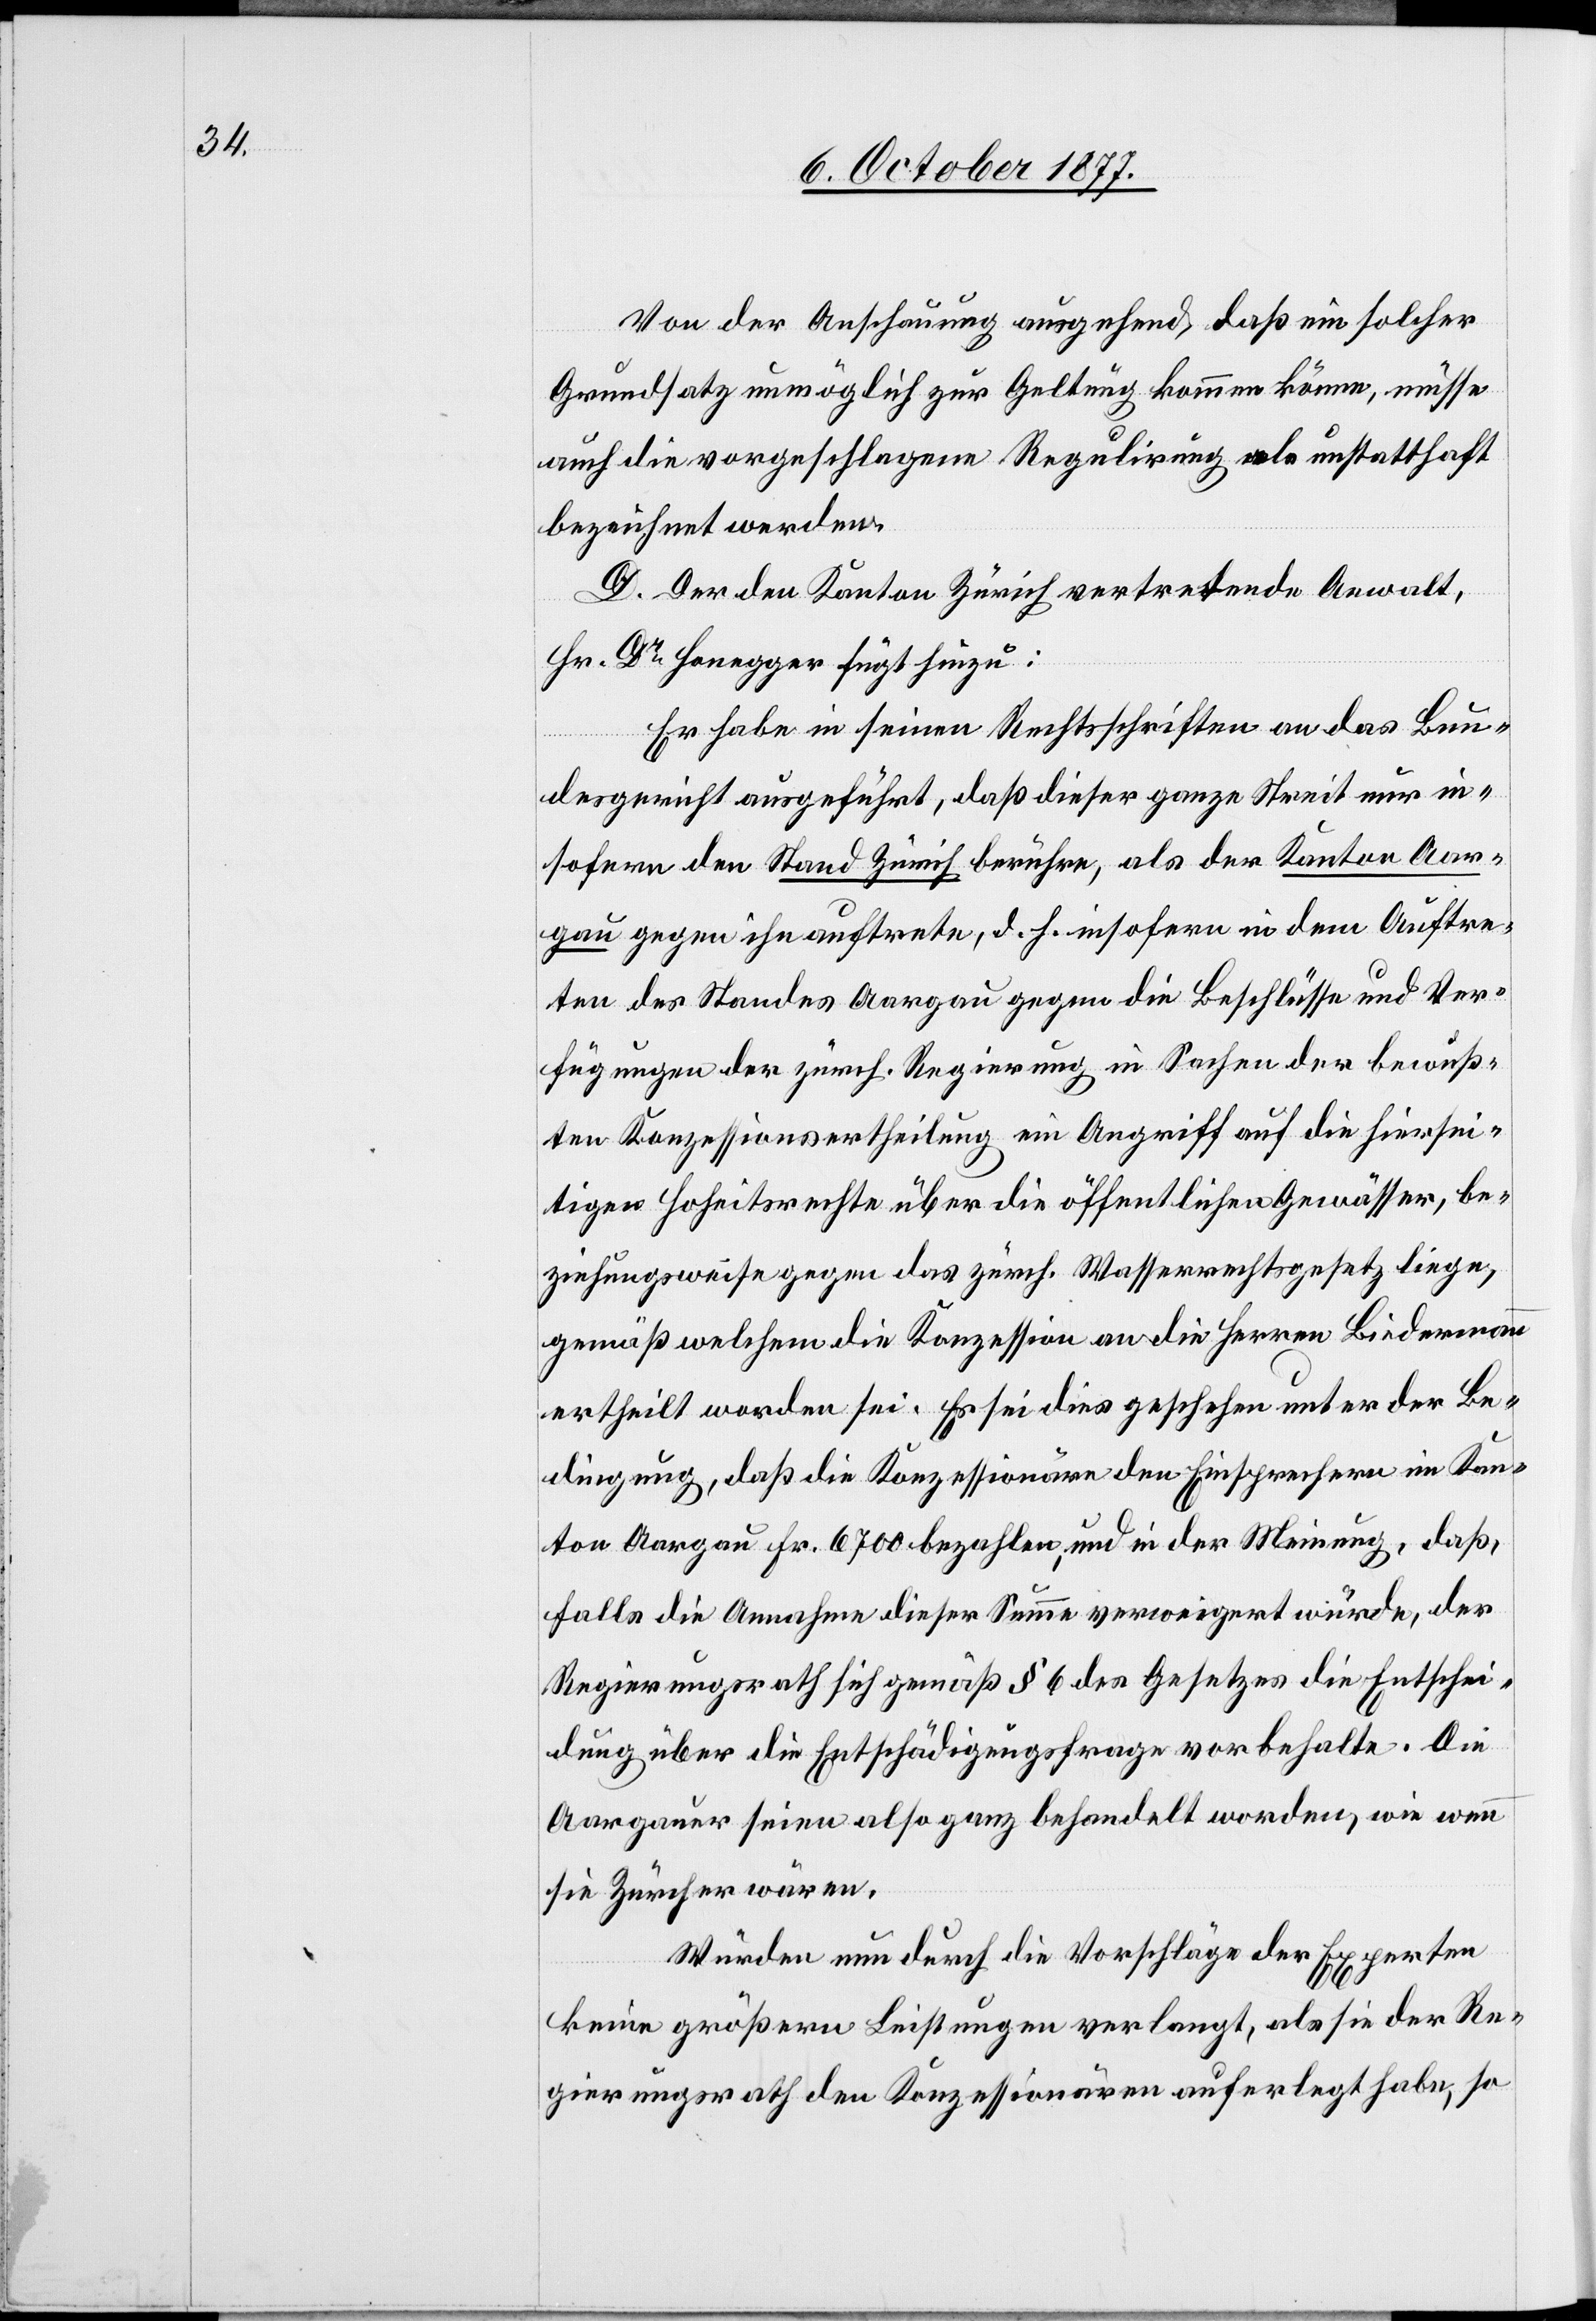
Von der Anschauung ausgehend, daß ein solcher
Grundsatz unmöglich zur Geltung kommen könne, müsse
auch die vorgeschlagene Regulirung als unstatthaft
bezeichnet werden.
D. Der den Kanton Zürich vertretende Anwalt,
Hr. Dr Honegger fügt hinzu:
Er habe in seinen Rechtsschriften an das Bun¬
desgericht ausgeführt, daß dieser ganze Streit nur in¬
sofern den Stand Zürich berühre, als der Kanton Aar¬
gau gegen ihn auftrete, d. h. insofern in dem Auftre¬
ten des Standes Aargau gegen die Beschlüsse und Ver¬
fügungen der zürch. Regierung in Sachen der bewuß¬
ten Konzessionsertheilung ein Angriff auf die hiersei¬
tigen Hoheitsrechte über die öffentlichen Gewässer, be¬
ziehungsweise gegen das zürch. Wasserrechtsgesetz liege,
gemäß welchem die Konzession an die Herren Biedermann
ertheilt worden sei. Es sei dies geschehen unter der Be¬
dingung, daß die Konzessionäre den Einsprechern im Kan¬
ton Aargau Fr. 6700 bezahlen, und in der Meinung, daß,
falls die Annahme dieser Summe verweigert würde, der
Regierungsrath sich gemäß § 6 des Gesetzes die Entschei¬
dung über die Entschädigungsfrage vorbehalte. Die
Aargauer seien also ganz behandelt worden, wie wenn
sie Zürcher wären.
Würden nun durch die Vorschläge der Experten
keine größern Leistungen verlangt, als sie der Re¬
gierungsrath den Konzessionären auferlegt habe, so